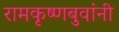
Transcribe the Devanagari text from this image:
रामकृष्णबुवांनी